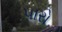
પારો